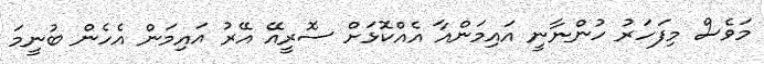
މަވެސް މިފަހަރު ހުންނާނީ އައިމަންއާ އެއްކޮޅަށް ސޮރީއޭ އޭރު އައިމަން އެހެން ބުނީމަ